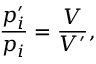
\frac { p _ { i } ^ { \prime } } { p _ { i } } = \frac { V } { V ^ { \prime } } ,